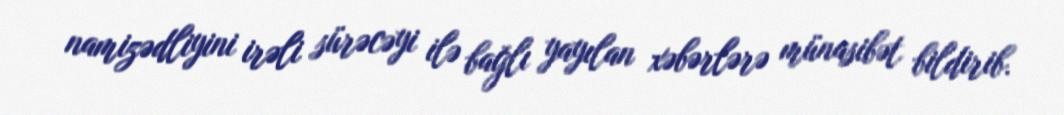
namizədliyini irəli sürəcəyi ilə bağlı yayılan xəbərlərə münasibət bildirib.